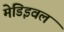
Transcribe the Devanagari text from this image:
मेडिइवल